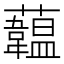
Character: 𧄧